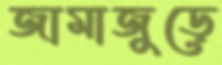
জামাজুড়ে